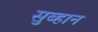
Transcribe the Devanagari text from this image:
सुब्हान